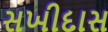
સખીદાસ